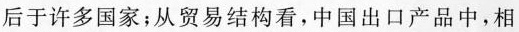
后于许多国家；从贸易结构看，中国出口产品中，相